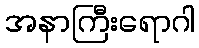
အနာကြီးရောဂါ